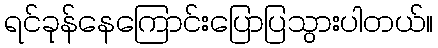
ရင်ခုန်နေကြောင်းပြောပြသွားပါတယ်။